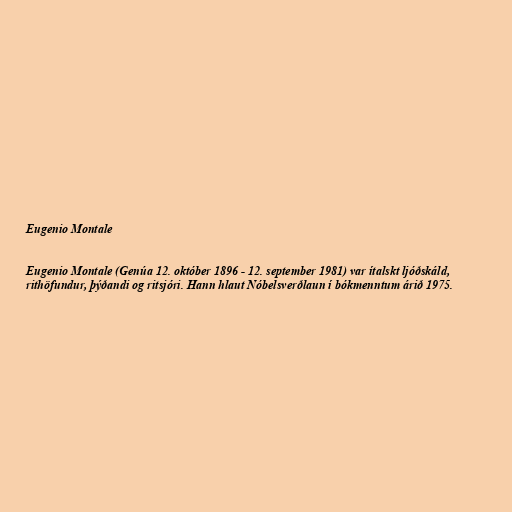
Eugenio Montale

Eugenio Montale (Genúa 12. október 1896 - 12. september 1981) var ítalskt ljóðskáld,
rithöfundur, þýðandi og ritsjóri. Hann hlaut Nóbelsverðlaun í bókmenntum árið 1975.